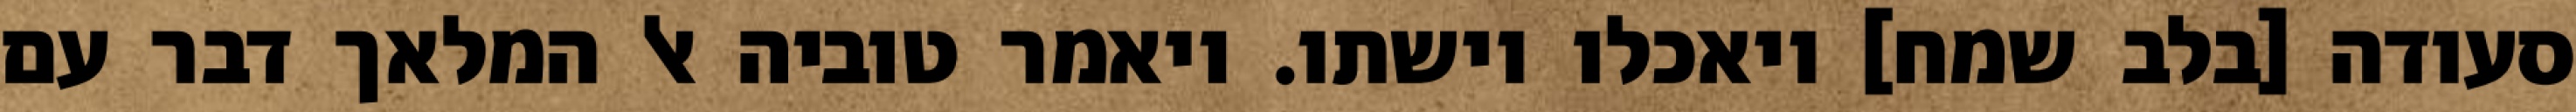
סעודה [בלב שמח] ויאכלו וישתו. ויאמר טוביה אל המלאך דבר עם